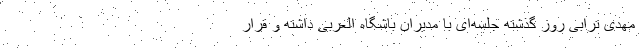
مهدی ترابی روز گذشته جلسه‌ای با مدیران باشگاه العربی داشته و قرار